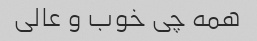
همه چی خوب و عالی